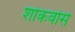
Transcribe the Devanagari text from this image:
शांकवोंसे